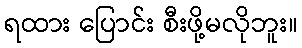
ရထား ပြောင်း စီးဖို့မလိုဘူး။